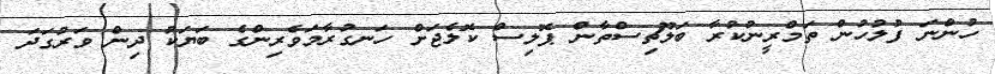
ހުންނަ ފުލުހުން ތަމްރީނުކުރާ ބަލޫޗިސްތާން ޕޮލިސް ކޮލެޖަށް ހަނގުރާމަވެރިންގެ ބަޔަކު ދިން ވަރުގަދަ